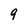
Character: 9